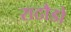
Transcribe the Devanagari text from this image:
राठौडो